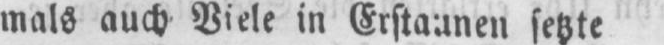
mals auch Viele in Erstaunen setzte